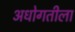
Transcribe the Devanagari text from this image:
अधोगतीला